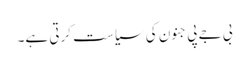
بی جے پی جنون کی سیاست کرتی ہے۔